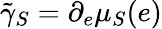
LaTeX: \tilde{\gamma}_{S}=\partial_{e}\mu_{S}(e)